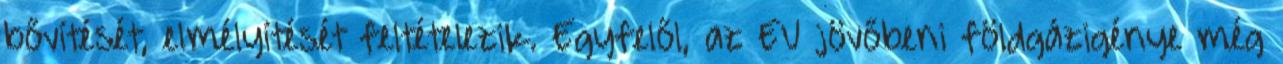
bővítését, elmélyítését feltételezik. Egyfelől, az EU jövőbeni földgázigénye még